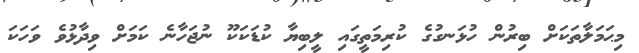
މިޙަމަލާތަކަށް ބިރުން ހުޅަނގުގެ ކުރިމަތީގައި ލީބިޔާ ކުޑަކަކޫ ނުޖަހާނެ ކަމަށް ވިދާޅުވެ ވަހަކަ